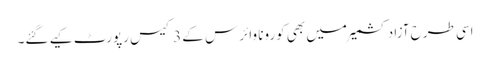
اسی طرح آزاد کشمیر میں بھی کورونا وائرس کے 3 کیس رپورٹ کیے گئے۔